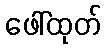
ဖေါ်ထုတ်